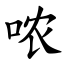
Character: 哝